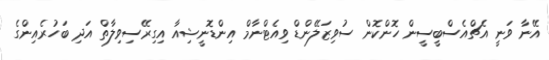
އޭނާ ވަނީ އެޗްއެސްބީސީން ހޮންކޮން ސުވިޒަލޭންޑް ވިއެޓްނާމް އިންޑޮނީޝިއާ އިގިރޭސިވިލާތް އަދި ބަހުރެއިންގެ